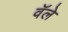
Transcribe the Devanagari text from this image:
वॅले